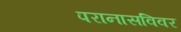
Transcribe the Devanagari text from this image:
परानासविवर